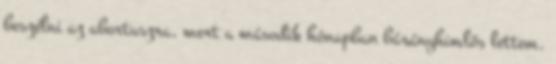
beszélni az abortuszra, mert a második hónapban bárányhimlős lettem.